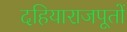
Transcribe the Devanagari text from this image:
दहियाराजपूतों